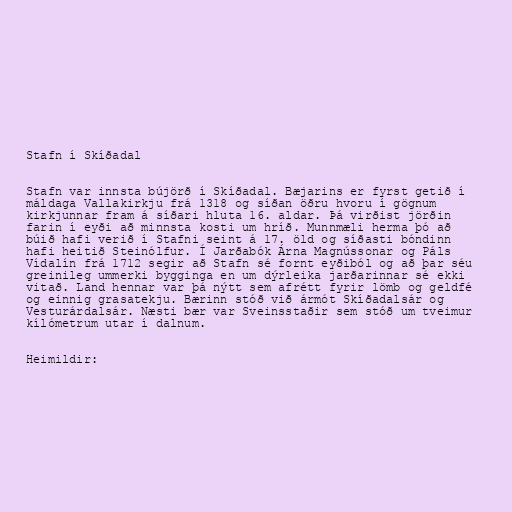
Stafn í Skíðadal

Stafn var innsta bújörð í Skíðadal. Bæjarins er fyrst getið í
máldaga Vallakirkju frá 1318 og síðan öðru hvoru í gögnum
kirkjunnar fram á síðari hluta 16. aldar. Þá virðist jörðin
farin í eyði að minnsta kosti um hríð. Munnmæli herma þó að
búið hafi verið í Stafni seint á 17. öld og síðasti bóndinn
hafi heitið Steinólfur. Í Jarðabók Árna Magnússonar og Páls
Vídalín frá 1712 segir að Stafn sé fornt eyðiból og að þar séu
greinileg ummerki bygginga en um dýrleika jarðarinnar sé ekki
vitað. Land hennar var þá nýtt sem afrétt fyrir lömb og geldfé
og einnig grasatekju. Bærinn stóð við ármót Skíðadalsár og
Vesturárdalsár. Næsti bær var Sveinsstaðir sem stóð um tveimur
kílómetrum utar í dalnum.

Heimildir: